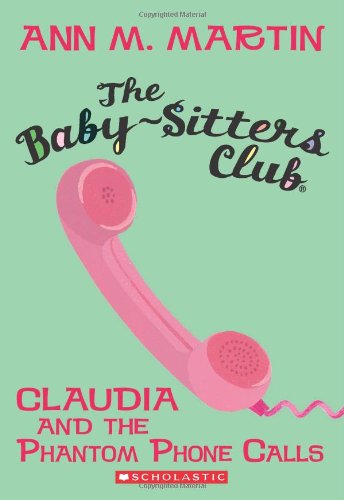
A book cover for Claudia and the Phantom Phone Calls (The Baby-Sitters Club, No.2); Ann M. Martin; Children's Books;